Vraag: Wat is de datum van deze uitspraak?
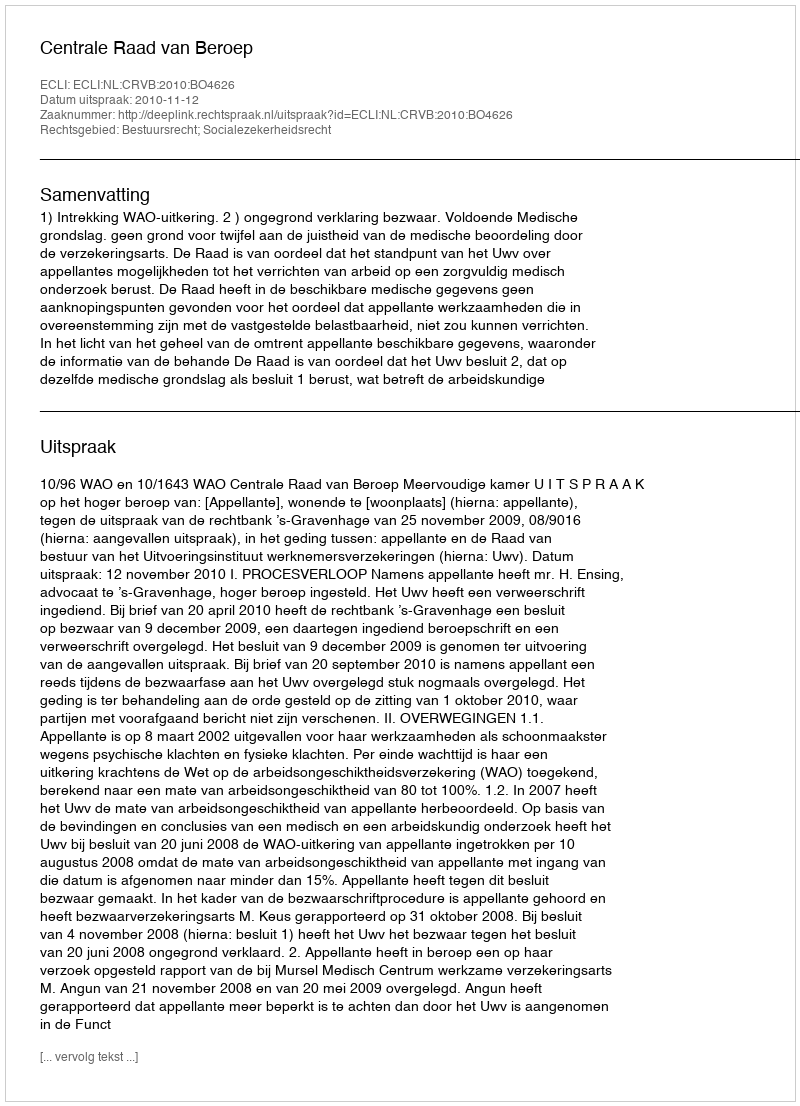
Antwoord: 2010-11-12